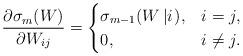
LaTeX: \begin{align*}\frac{{\partial \sigma _m (W)}} {{\partial W_{ij} }} = \begin{cases}\sigma _{m - 1} (W\left| i \right.), & i = j, \\0, & i \ne j.\end{cases}\end{align*}